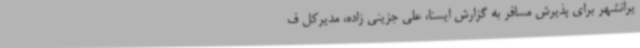
یرانشهر برای پذیرش مسافر به گزارش ایسنا، علی جزینی زاده، مدیرکل ف